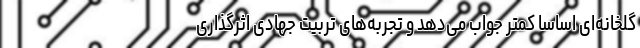
گلخانه‌ای اساساً کمتر جواب می‌دهد و تجربه‌های تربیت جهادی اثرگذاری